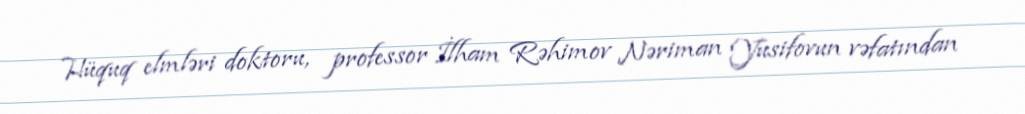
Hüquq elmləri doktoru, professor İlham Rəhimov Nəriman Yusifovun vəfatından